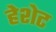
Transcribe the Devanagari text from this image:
हेशेट